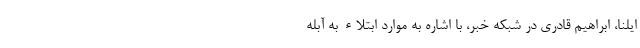
ایلنا، ابراهیم قادری در شبکه خبر، با اشاره به موارد ابتلاء به آبله